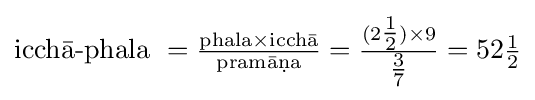
{\text{icchā-phala }}={\tfrac {{\text{phala}}\times {\text{icchā}}}{\text{pramāṇa}}}={\tfrac {(2{\tfrac {1}{2}})\times 9}{\tfrac {3}{7}}}=52{\tfrac {1}{2}}